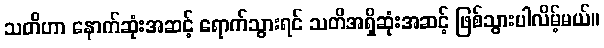
သတိဟာ နောက်ဆုံးအဆင့် ရောက်သွားရင် သတိအရှိဆုံးအဆင့် ဖြစ်သွားပါလိမ့်မယ်။